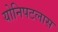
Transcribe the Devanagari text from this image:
योनिपटलास